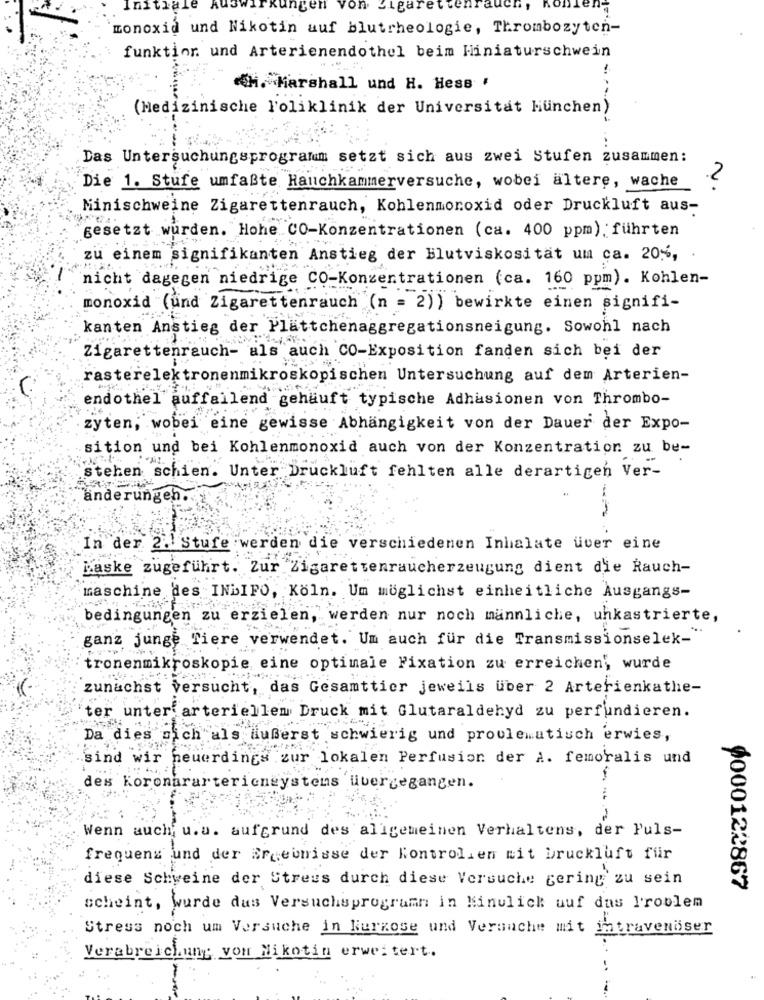
nitiale
gen
von Cigaret
bien
monoxid und Nikotin auf blutrheologie, Thrombozyten-
funktion und Arterienendothel beim Miniaturschwein
H. Marshall und H. Hess '
(Medizinische Poliklinik der Universität München)
Das Untersuchungsprogramm setzt sich aus zwei Stufen zusammen:
2
Die 1. Stufe umfaßte Hauchkammerversuche, wobei ältere, wache
Minischweine Zigarettenrauch, Kohlenmonoxid oder Druckluft aus-
gesetzt wurden. Hohe CO-Konzentrationen (ca. 400 ppm) führten
zu einem signifikanten Anstieg der Blutviskosität um ca. 20%,
nicht dagegen niedrige CO-Konzentrationen (ca. 160 ppm). Kohlen-
monoxid (und Zigarettenrauch (n = 2)) bewirkte einen signifi-
kanten Anstieg der Plättchenaggregationsneigung. Sowohl nach
Zigarettenrauch- als auch CO-Exposition fanden sich bei der
rasterelektronenmikroskopischen Untersuchung auf dem Arterien-
endothel auffallend gehäuft typische Adhasionen von Thrombo-
zyten, wobei eine gewisse Abhängigkeit von der Dauer der Expo-
sition und bei Kohlenmonoxid auch von der Konzentration zu be-
stehen schien. Unter Druckluft fehlten alle derartigen Ver-
änderungen.
In der 2. Stufe werden die verschiedenen Inhalate uver eine
Laske zugeführt. Zur Zigarettenraucherzeugung dient die Rauch-
maschine des INLIFO, Köln. Um möglichst einheitliche Ausgangs-
bedingungen zu erzielen, werden nur noch männliche, uhkastrierte,
ganz junge Tiere verwendet. Um auch fur die Transmissionselek-"
tronenmikroskopie eine optimale Fixation zu erreichen, wurde
zunachst versucht, das Gesamttier jeweils uber 2 Arterienkathe-
ter unter arteriellen Druck mit Glutaraldehyd zu perfundieren.
Da dies mich als äußerst schwierig und problematisch erwies,
sind wir neuerdings zur lokalen Perfusion der A. femoralis und
des Koronarartericneystems übergegangen.
Wenn auch u.u. aufgrund des allgemeinen Verhaltens, der Puls-
frequenz und der Ergebnisse der Kontrolien mit Druckluft für
diese Schweine der Streus durch diese Versuche gering zu sein
$000122867
scheint, wurde dus Versuchsprogramn in Minulich auf das Problem
Stress noch um Versuche in Kurzose und Versuche mit intravenöser
Verabreichung von Nikotin erweitert.